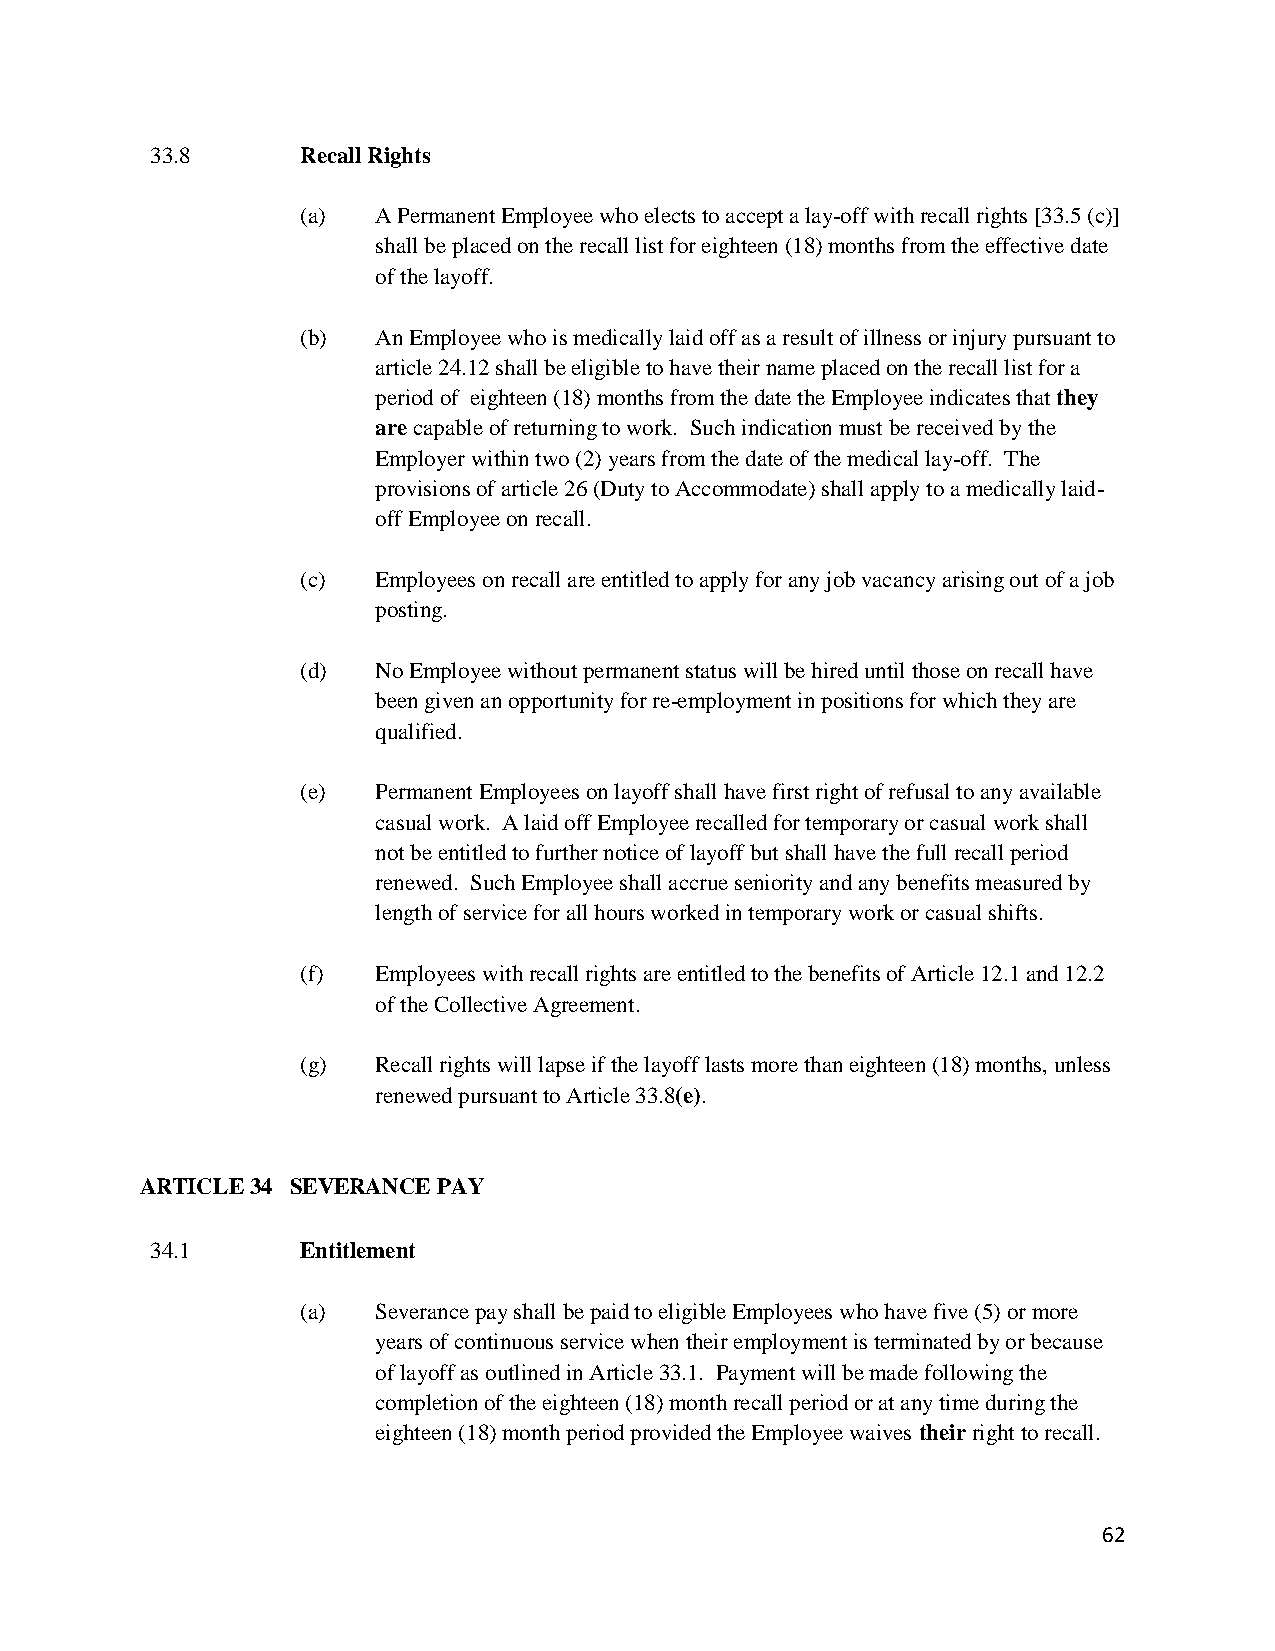
33.8      Recall Rights
 (a)  A Permanent Employee who elects to accept a lay-off with recall rights [33.5 (c)]
 shall be placed on the recall list for eighteen (18) months from the effective date
 of the layoff.
 (b)  An Employee who is medically laid off as a result of illness or injury pursuant to
 article 24.12 shall be eligible to have their name placed on the recall list for a
 period of eighteen (18) months from the date the Employee indicates that they
 are capable of returning to work. Such indication must be received by the
 Employer within two (2) years from the date of the medical lay-off. The
 provisions of article 26 (Duty to Accommodate) shall apply to a medically laid-
 off Employee on recall.
 (c)  Employees on recall are entitled to apply for any job vacancy arising out of a job
 posting.
 (d)  No Employee without permanent status will be hired until those on recall have
 been given an opportunity for re-employment in positions for which they are
 qualified.
 (e)  Permanent Employees on layoff shall have first right of refusal to any available
 casual work. A laid off Employee recalled for temporary or casual work shall
 not be entitled to further notice of layoff but shall have the full recall period
 renewed. Such Employee shall accrue seniority and any benefits measured by
 length of service for all hours worked in temporary work or casual shifts.
 (f)  Employees with recall rights are entitled to the benefits of Article 12.1 and 12.2
 of the Collective Agreement.
 (g)  Recall rights will lapse if the layoff lasts more than eighteen (18) months, unless
 renewed pursuant to Article 33.8(e).
 ARTICLE 34 SEVERANCE PAY
 34.1      Entitlement
 (a)  Severance pay shall be paid to eligible Employees who have five (5) or more
 years of continuous service when their employment is terminated by or because
 of layoff as outlined in Article 33.1. Payment will be made following the
 completion of the eighteen (18) month recall period or at any time during the
 eighteen (18) month period provided the Employee waives their right to recall.
 62